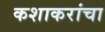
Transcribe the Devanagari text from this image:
कशाकरांचा